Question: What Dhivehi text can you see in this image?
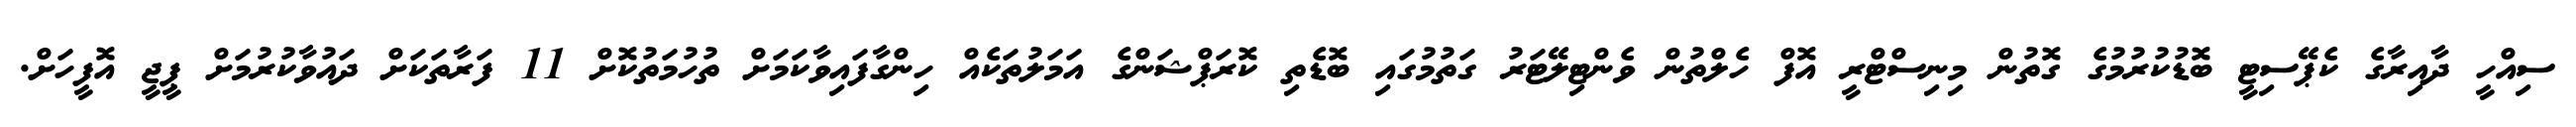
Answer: ސިއްހީ ދާއިރާގެ ކެޕޭސިޓީ ބޮޑުކުރުމުގެ ގޮތުން މިނިސްޓްރީ އޮފް ހެލްތުން ވެންޓިލޭޓަރު ގަތުމުގައި ބޮޑެތި ކޮރަޕްޝަންގެ އަމަލުތަކެއް ހިންގާފައިވާކަމަށް ތުހުމަތުކޮށް 11 ފަރާތަކަށް ދައުވާކުރުމަށް ޕީޖީ އޮފީހަށް.